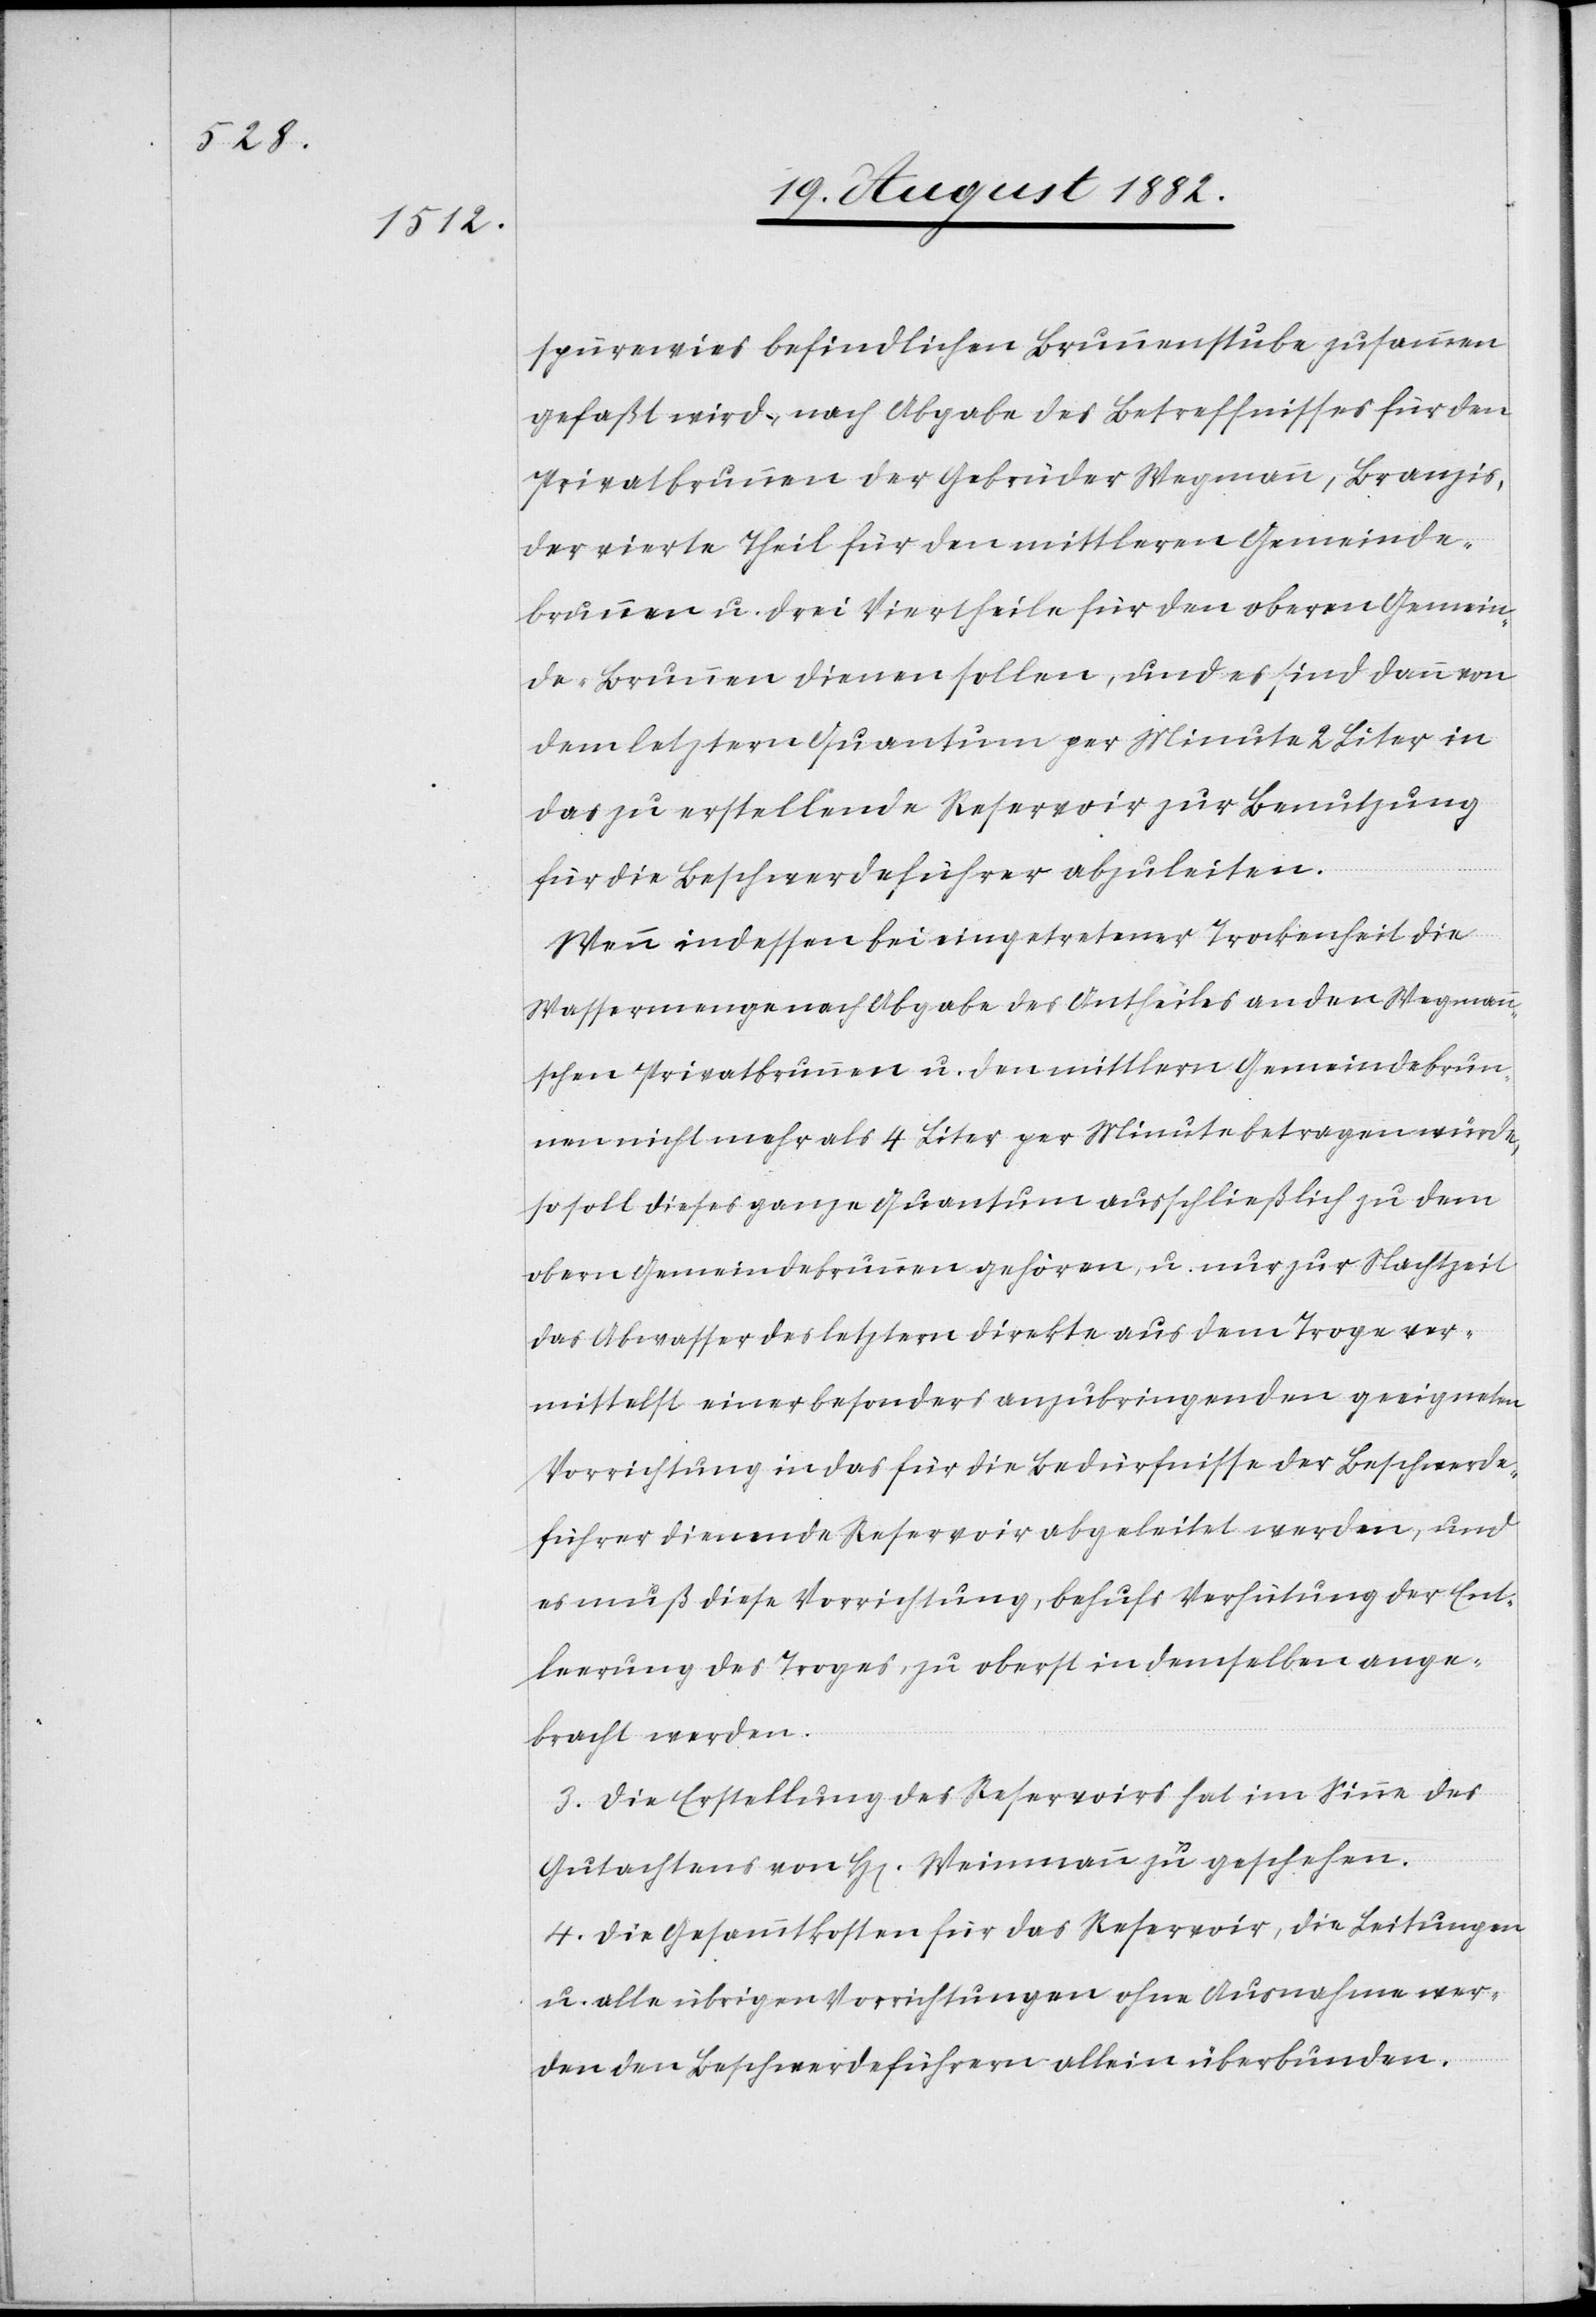
spürenwies befindlichen Brunnenstube zusammen¬
gefaßt wird, nach Abgabe des Betreffnisses für den
Privatbrunnen der Gebrüder Wegmann, Brangis,
der vierte Theil für den mittleren Gemeinde¬
brunnen u. drei Viertheile für den oberen Gemein¬
de-Brunnen dienen sollen, und es sind dann von
dem letztern Quantum per Minute 2 Liter in
das zu erstellende Reservoir zur Benutzung
für die Beschwerdeführer abzuleiten.
Wenn indessen bei eingetretener Trockenheit die
Wassermenge nach Abgabe des Antheiles an den Wegmann¬
schen Privatbrunnen u. den mittlern Gemeindebrun¬
nen nicht mehr als 4 Liter per Minute betragen würde,
so soll dieses ganze Quantum ausschließlich zu dem
obern Gemeindebrunnen gehören, u. nur zur Nachtzeit
das Abwasser des letztern direkte aus dem Troge ver¬
mittelst einer besonders anzubringenden geeigneten
Vorrichtung in das für die Bedürfnisse der Beschwerde¬
führer dienende Reservoir abgeleitet werden, und
es muß diese Vorrichtung, behufs Verhütung der Ent¬
leerung des Troges, zu oberst in demselben ange¬
bracht werden.
3. Die Erstellung des Reservoirs hat im Sinne des
Gutachtens von H[erren] Weinmann zu geschehen.
4. Die Gesammtkosten für das Reservoir, die Leitungen
u. alle übrigen Vorrichtungen ohne Ausnahme wer¬
den den Beschwerdeführern allein überbunden.